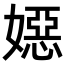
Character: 𡢇